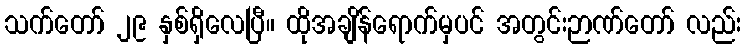
သက်တော် ၂၉ နှစ်ရှိလေပြီ။ ထိုအချိန်ရောက်မှပင် အတွင်းဉာဏ်တော် လည်း